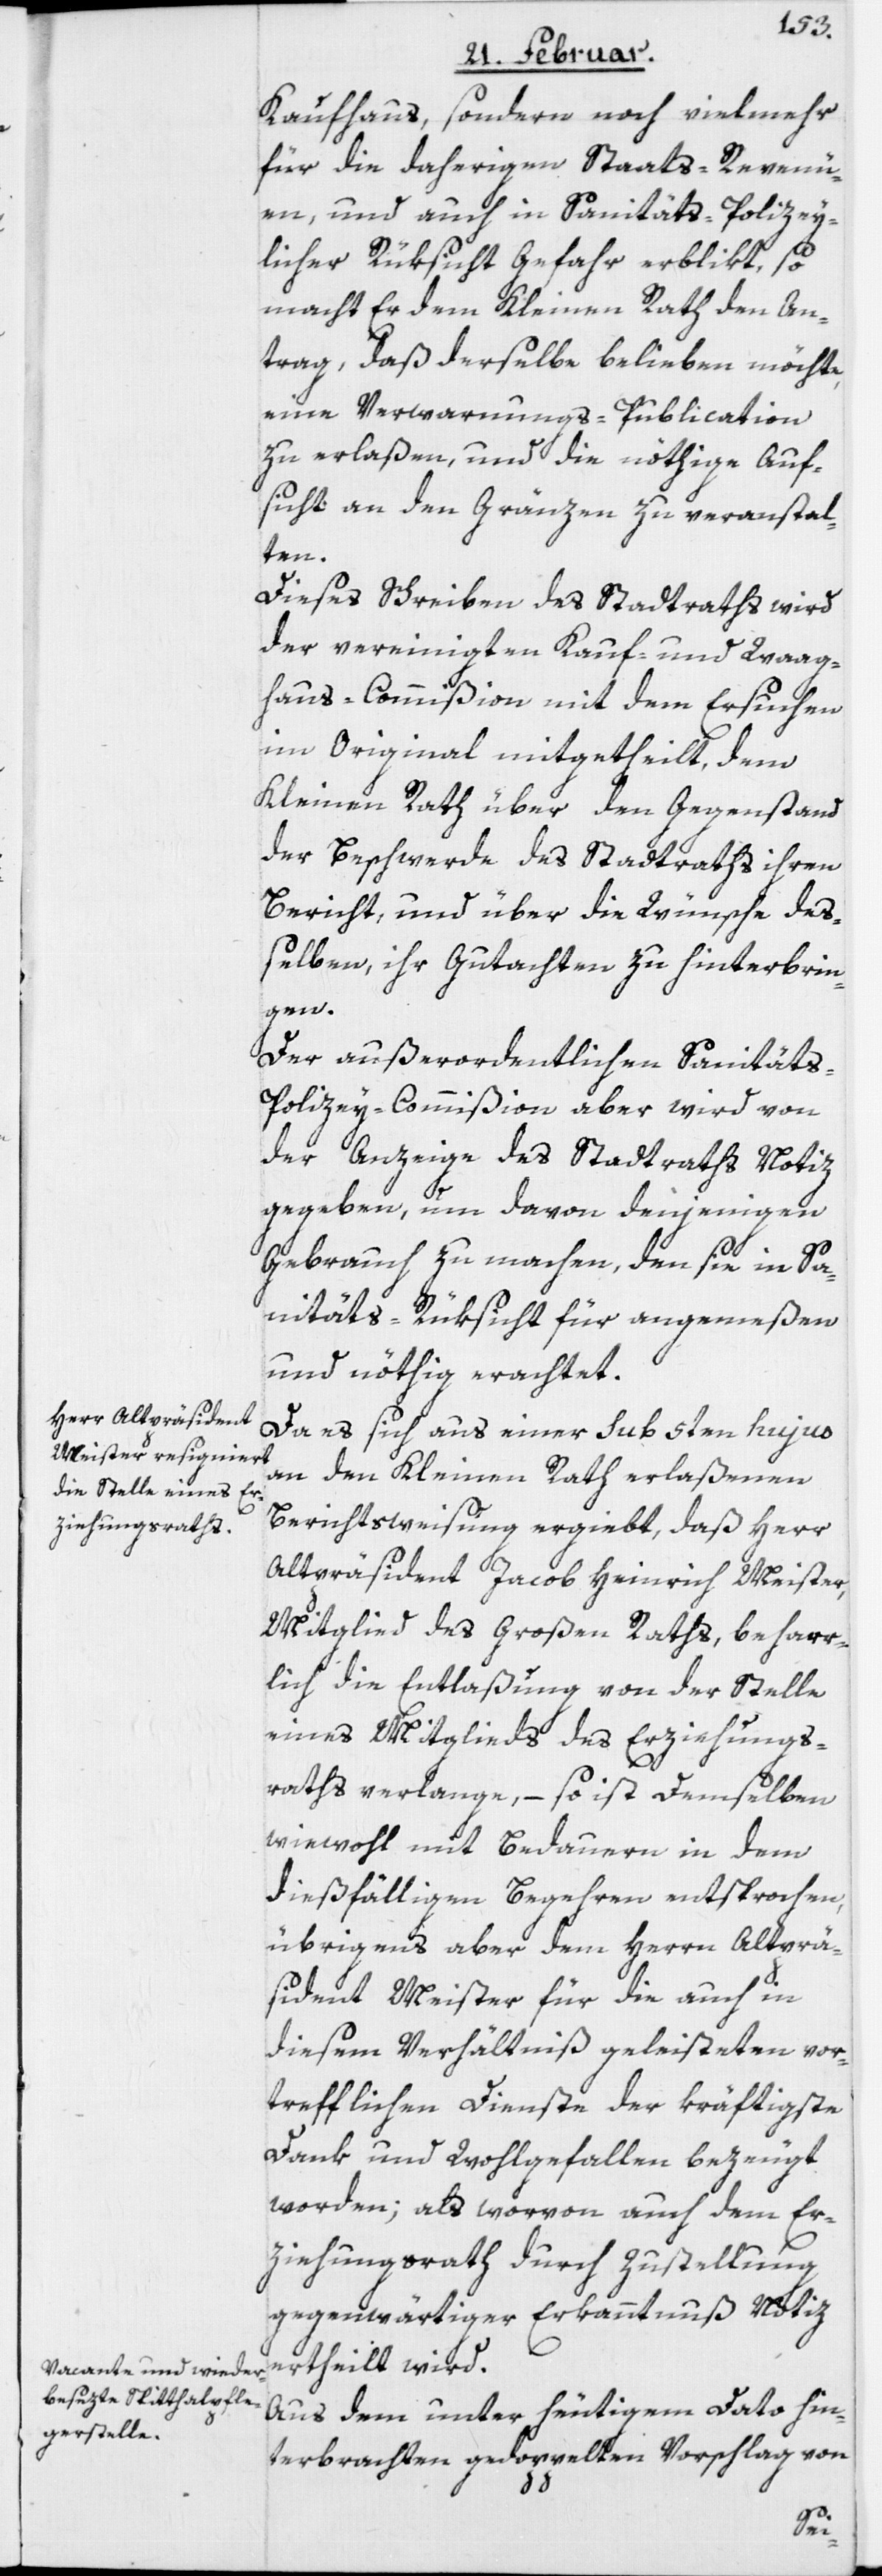
Kaufhaus, sondern noch vielmehr
für die daherigen Staats-Revenü¬
en, und auch in Sanitäts-Polizey¬
licher Rüksicht Gefahr erblikt, so
macht Er dem Kleinen Rath den An¬
trag, daß derselbe belieben möchte,
eine Verwarnungs-Publication
zu erlaßen, und die nöthige Auf¬
sicht an den Gränzen zu veranstal¬
ten.
Dieses Schreiben des Stadtraths wird
der vereinigten Kauf- und Waag¬
haus-Commißion mit dem Ersuchen
im Original mitgetheilt, dem
Kleinen Rath über den Gegenstand
der Beschwerde des Stadtraths ihren
Bericht, und über die Wünsche deß¬
elben, ihr Gutachten zu hinterbrin¬
gen.
Der außerordentlichen Sanitäts-P¬
olizey-Commißion aber wird von
der Anzeige des Stadtraths Notiz
gegeben, um davon denjenigen
Gebrauch zu machen, den sie in Sa¬
nitäts-Rüksicht für angemeßen
und nöthig erachtet.
Da es sich aus einer sub 5ten hujus
an den Kleinen Rath erlaßenen
Berichtsweisung ergiebt, daß Herr
Altpräsident Jacob Heinrich Meister,
Mitglied des Großen Raths, beharr¬
lich die Entlaßung von der Stelle
eines Mitglieds des Erziehungs¬
raths verlange, – so ist Demselben
wiewohl mit Bedauern in dem
dießfälligen Begehren entsprochen,
übrigens aber dem Herrn Altprä¬
sident Meister für die auch in
diesem Verhältniß geleisteten vor¬
trefflichen Dienste der kräftigste
Dank und Wohlgefallen bezeugt
worden; als worvon auch dem Er¬
ziehungsrath durch Zustellung
gegenwärtiger Erkanntnuß Notiz
ertheilt wird.
Aus dem unter heutigem Dato hin¬
terbrachten gedoppelten Vorschlag von